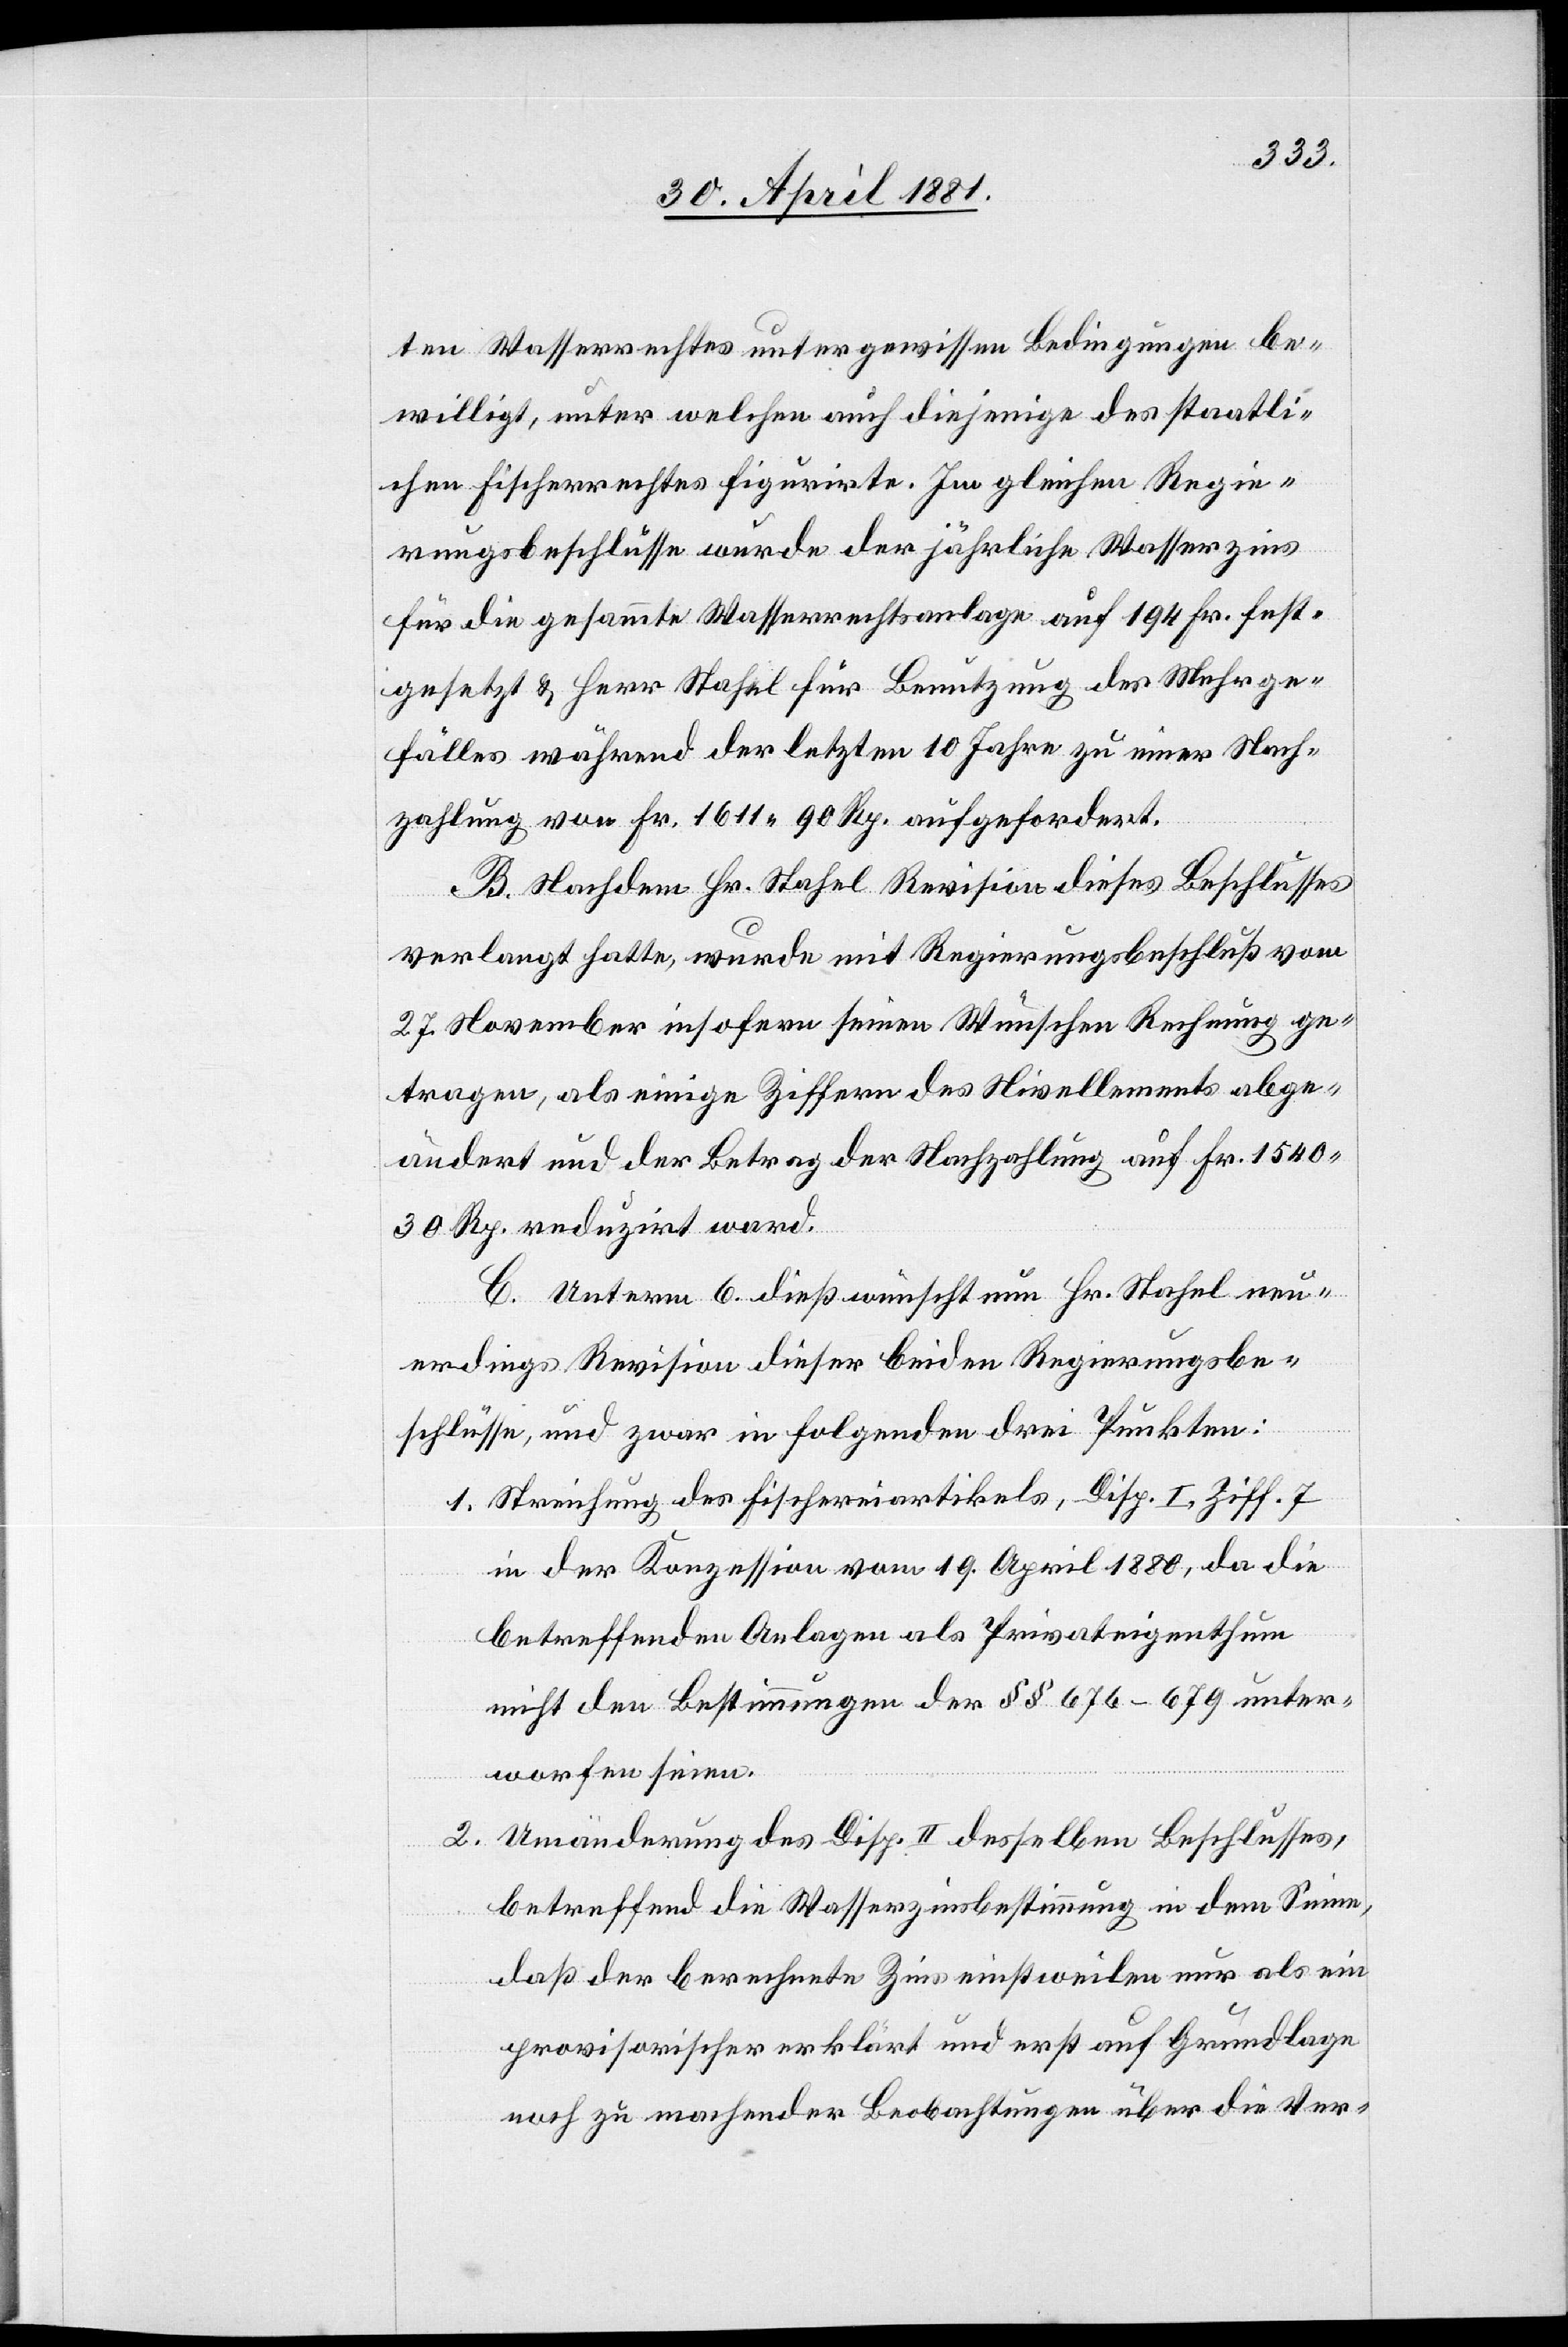
ten Wasserrechtes unter gewissen Bedingungen be¬
willigt, unter welchen auch diejenige des staatli¬
chen Fischerrechtes figurirte. Im gleichen Regie¬
rungsbeschluße wurde der jährliche Wasserzins
für die gesammte Wasserrechtsanlage auf 194 Fr. fest¬
gesetzt & Herr Stahel für Benutzung des Mehrge¬
fälles während der letzten 10 Jahre zu einer Nach¬
zahlung von Fr. 1611 90 Rp. aufgefordert.
B. Nachdem Hr. Stahel Revision dieses Beschlusses
verlangt hatte, wurde mit Regierungsbeschluß vom
27. November insofern seinen Wünschen Rechnung ge¬
tragen, als einige Ziffern des Nivellements abge¬
ändert und der Betrag der Nachzahlung auf Fr. 1540
30 Rp. reduzirt ward.
C. Unterm 6. dieß wünscht nun Hr. Stahel neu¬
erdings Revision dieser beiden Regierungsbe¬
schlüsse, und zwar in folgenden drei Punkten:
1. Streichung des Fischereiartikels, Disp. I, Ziff. 7
in der Konzession vom 19. April 1880, da die
betreffenden Anlagen als Privateigenthum
nicht den Bestimmungen der §§ 676–679 unter¬
worfen seien.
2. Umänderung des Disp. II desselben Beschlusses,
betreffend die Wasserzinsbestimmung in dem Sinne,
daß der berechnete Zins einstweilen nur als ein
provisorischer erklärt und erst auf Grundlage
noch zu machender Beobachtungen über die Ver-